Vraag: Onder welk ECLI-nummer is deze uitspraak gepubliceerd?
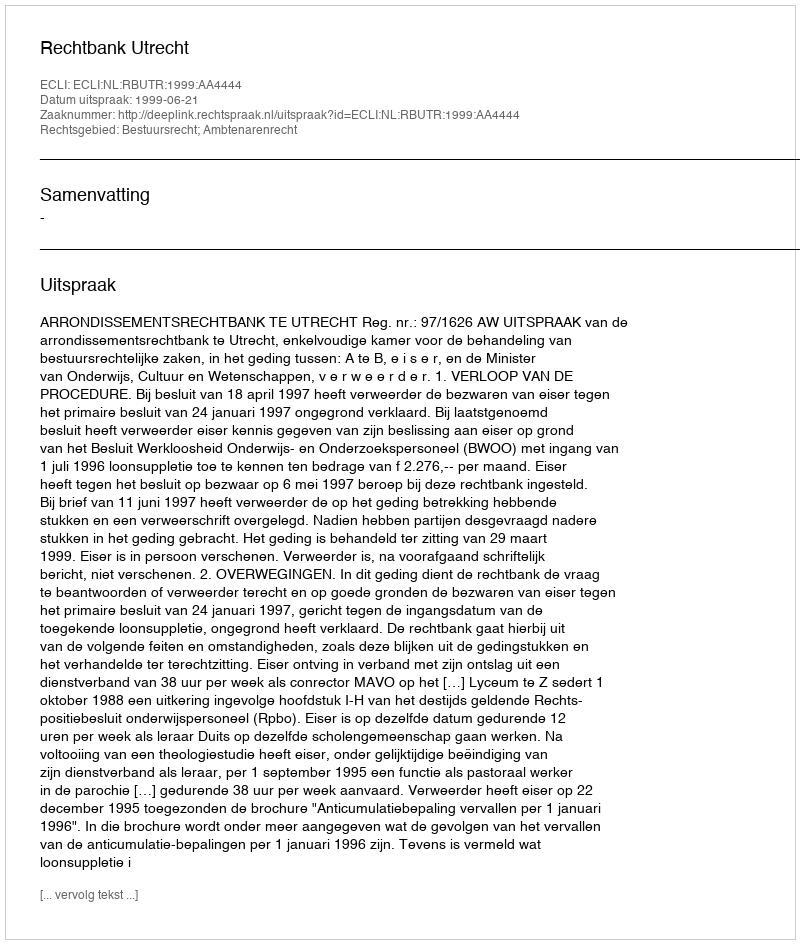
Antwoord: ECLI:NL:RBUTR:1999:AA4444